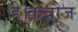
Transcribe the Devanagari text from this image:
है।कन्नौज